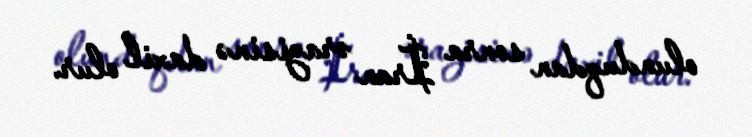
olunduqdan sonra İran ərazisinə daxil olur.